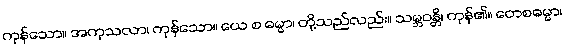
ကုန်သော။ အကုသလာ၊ ကုန်သော။ ယေ စ ဓမ္မာ၊ တို့သည်လည်း။ သမ္ဘဝန္တိ၊ ကုန်၏။ တေစဓမ္မာ၊